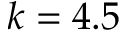
k = 4 . 5